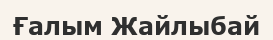
Ғалым Жайлыбай